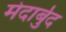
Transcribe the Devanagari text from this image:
मेदार्बुद